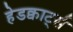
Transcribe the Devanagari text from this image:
हेडक्वार्ट्स